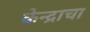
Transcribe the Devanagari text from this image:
केन्द्राचा